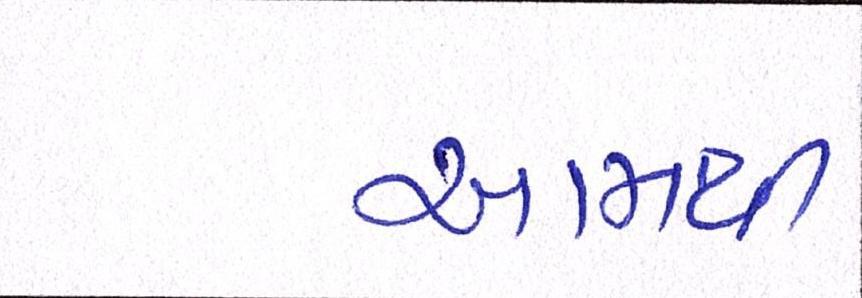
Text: આમથી